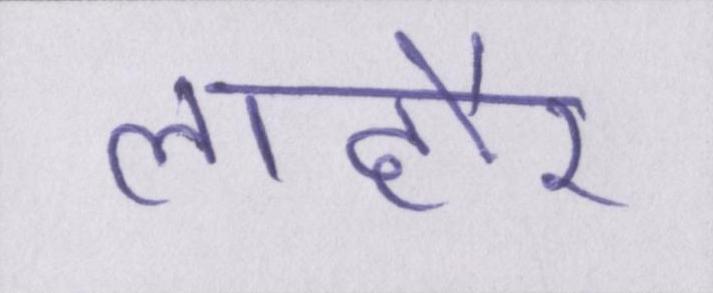
लाहौर